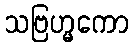
သဗြဟ္မကော